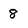
Character: 8